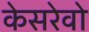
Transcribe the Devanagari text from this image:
केसरेवो